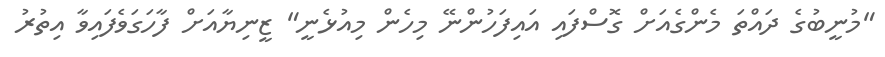
"މުނީބުގެ ދައްތަ މެންގެއަށް ގޮސްފައި އައިފަހުންނޭ މިހެން މިއުޅެނީ" ޒީނިޔާއަށް ފާހަގަވެފައިވާ އިތުރު